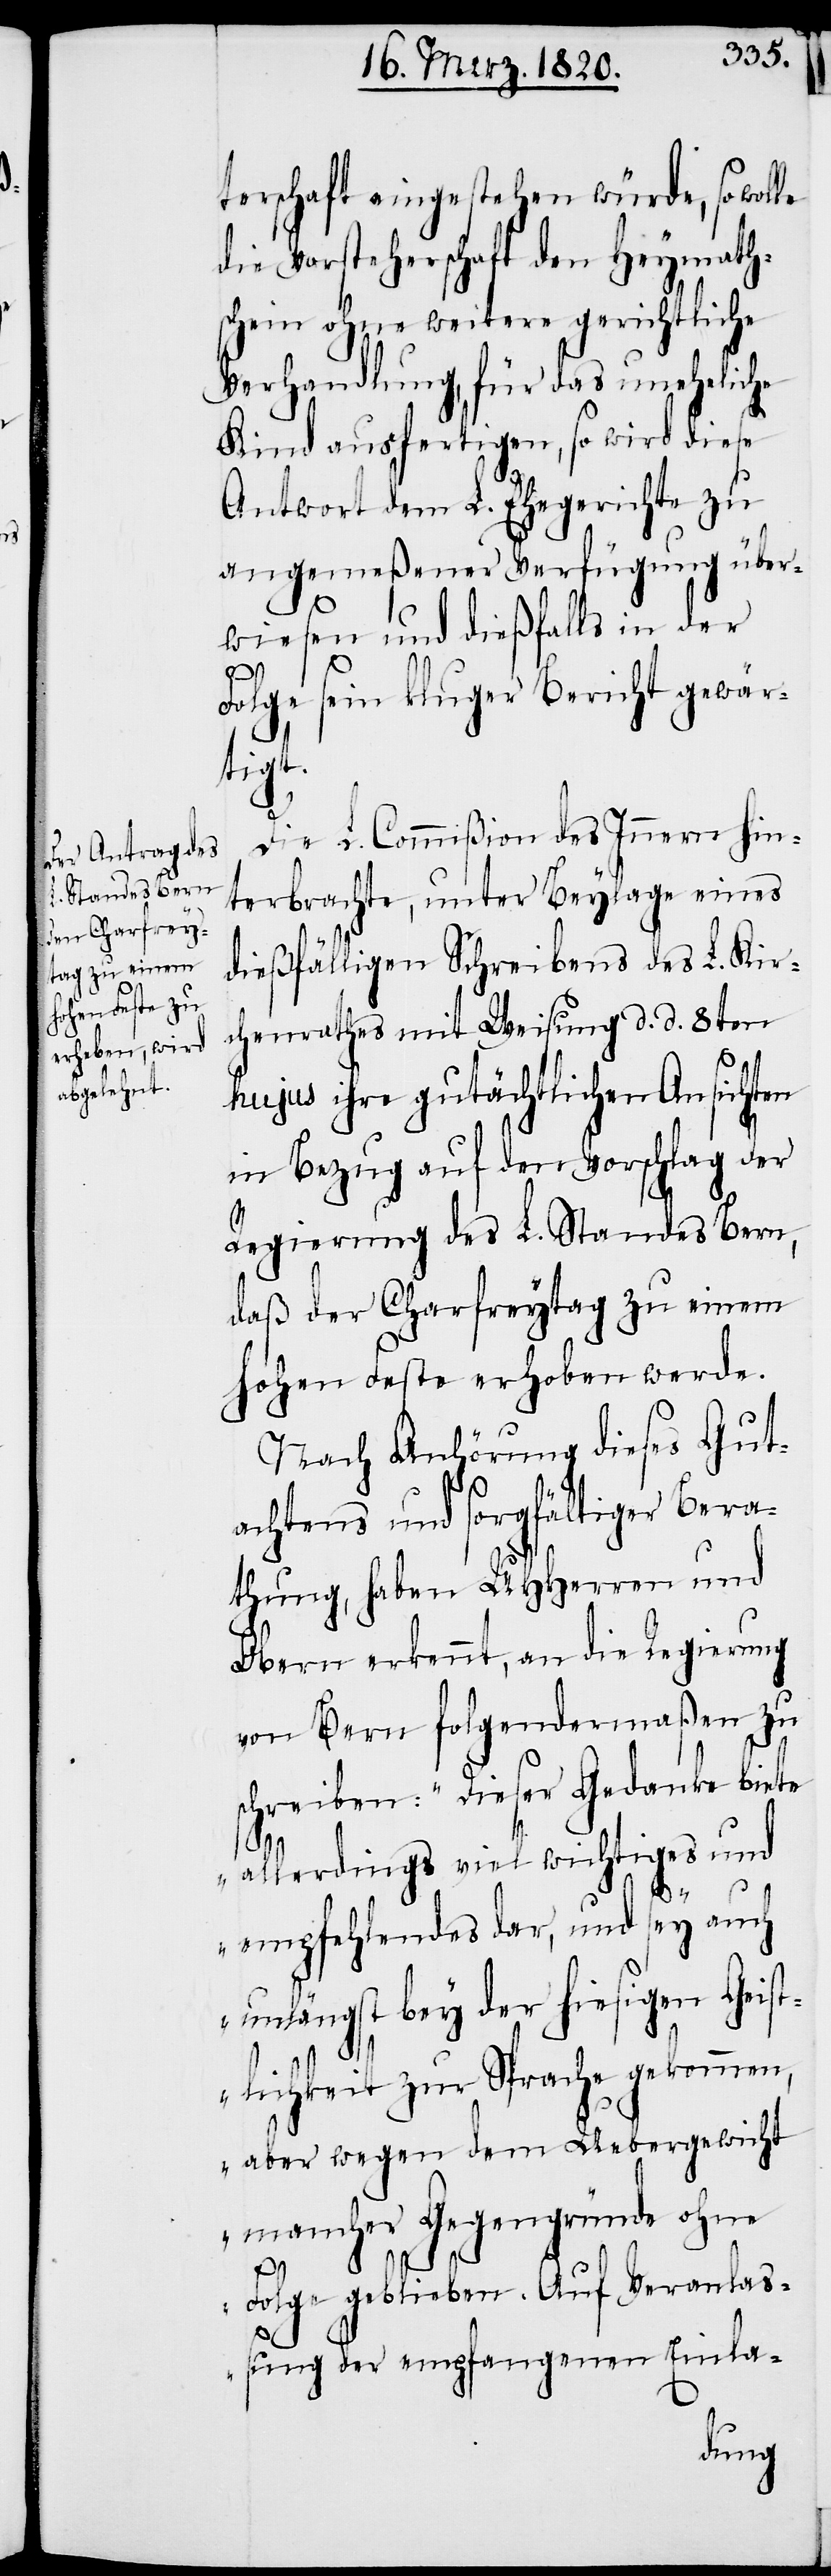
terschaft eingestehen würde, so wol¬
die Vorsteherschaft den Heymath¬
schein ohne weitere gerichtliche
Verhandlung, für das uneheliche
Kind ausfertigen, so wird diese
Antwort dem L. Ehegerichte zu
angemeßener Verfügung über¬
wiesen und dießfalls in der
Folge sein kluger Bericht gewär¬
tigt.
Die L. Commißion des Innern hin¬
terbrachte, unter Beylage eines
dießfälligen Schreibens des L. Kir¬
chenrathes mit Weisung d. d. 8ten
hujus ihre gutächtlichen Ansichten
in Bezug auf den Vorschlag der
Regierung des L. Standes Bern,
daß der Charfreytag zu einem
hohen Feste erhoben werde.
Nach Anhörung dieses Gut¬
achtens und sorgfältiger Bera¬
thung, haben UHHerren und
Obern erkennt, an die Regierung
von Bern folgendermaßen zu
schreiben: „Dieser Gedanke biete
le
allerdings viel wichtiges und
empfehlendes dar, und sey auch
unlängst bey der hiesigen Geist¬
lichkeit zur Sprache gekommen,
aber wegen dem Uebergewicht
mancher Gegengründe ohne
Folge geblieben. Auf Veranlaß¬
ung der empfangenen Einla-